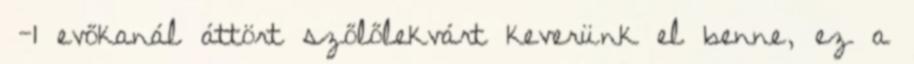
½-1 evőkanál áttört szőlőlekvárt keverünk el benne, ez a